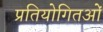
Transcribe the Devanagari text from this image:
प्रतियोगितओं